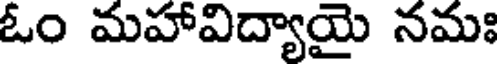
ఓం మహావిద్యాయై నమః